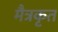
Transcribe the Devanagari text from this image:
मैत्रकृत